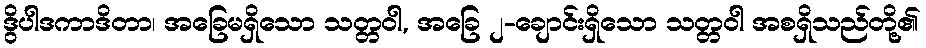
ဒွိပါဒကာဒိတာ၊ အခြေမရှိသော သတ္တဝါ, အခြေ ၂-ချောင်းရှိသော သတ္တဝါ အစရှိသည်တို့၏